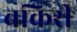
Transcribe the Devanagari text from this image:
बकिरी